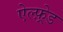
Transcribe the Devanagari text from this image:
ऐल्फ़्रेड